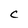
Character: C